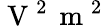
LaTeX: \mathrm{~V~}^{2}\, \mathrm{~m~}^{2}